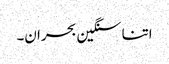
اتنا سنگین بحران۔